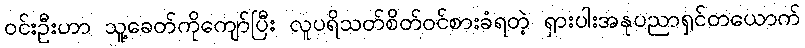
ဝင်းဦးဟာ သူ့ခေတ်ကိုကျော်ပြီး လူပရိသတ်စိတ်ဝင်စားခံရတဲ့ ရှားပါးအနုပညာရှင်တယောက်